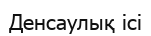
Денсаулық ісі